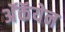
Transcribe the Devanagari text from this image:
अॅकॅयेन